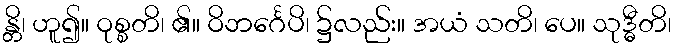
န္တိ၊ ဟူ၍။ ဝုစ္စတိ၊ ၏။ ဝိဘင်္ဂေပိ၊ ၌လည်း။ အယံ သတိ၊ ပေ။ သုဒ္ဓီတိ၊